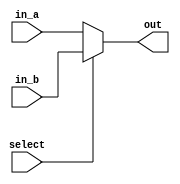
//mux2x
//two-input to one-output paramterized-width multiplexer


module mux2x(in_a, in_b, select, out);
	parameter WIDTH = 8;

	input [WIDTH - 1:0] in_a, in_b;
	output reg [WIDTH - 1:0] out;
	input select;

	always @* begin
		if(select == 1) out = in_b;
		else out = in_a;
	end 

endmodule